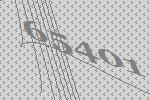
65401